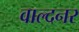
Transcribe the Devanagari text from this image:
वाल्दनर